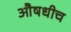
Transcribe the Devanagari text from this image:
औषधीच